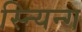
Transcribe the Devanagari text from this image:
स्न्यिन्ग